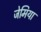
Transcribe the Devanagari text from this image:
जेमिया